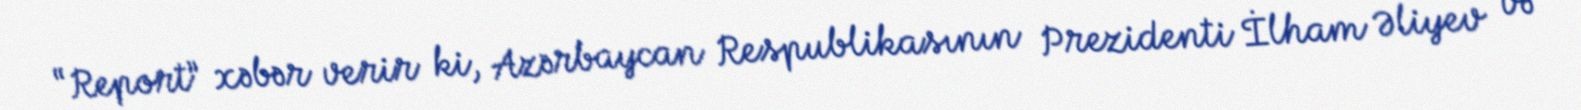
“Report” xəbər verir ki, Azərbaycan Respublikasının Prezidenti İlham Əliyev və